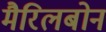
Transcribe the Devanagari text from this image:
मैरिलबोन